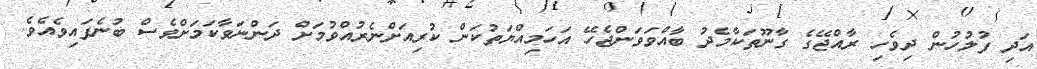
އަދި ފުލުހުން ދިވެހި ރާއްޖޭގެ ގާނޫތަކާމެދު ބާއްވަވަންޖެހޭ އަހަމިއްޔަތުކަން ކުރިއަށްނެރުއްވުމަށް ދަންނަވާކަމަށްވެސް ބުނެފައިވެއެވެ.